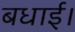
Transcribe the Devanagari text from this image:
बधाई।